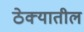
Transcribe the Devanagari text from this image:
ठेक्‍यातील